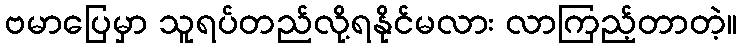
ဗမာပြေမှာ သူရပ်တည်လို့ရနိုင်မလား လာကြည့်တာတဲ့။